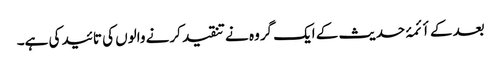
بعد کے أئمۂ حدیث کے ایک گروہ نے تنقید کرنے والوں کی تائید کی ہے۔